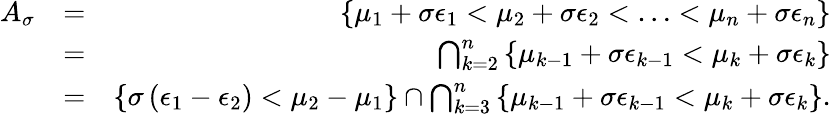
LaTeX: \begin{array}{rlr}{A_{\sigma}}&{=}&{\left\{ \mu_{1}+\sigma\epsilon_{1}<\mu_{2}+\sigma\epsilon_{2}<\ldots<\mu_{n}+\sigma\epsilon_{n}\right\} }\\ &{=}&{\bigcap_{k=2}^{n}\left\{ \mu_{k-1}+\sigma\epsilon_{k-1}<\mu_{k}+\sigma\epsilon_{k}\right\} }\\ &{=}&{\left\{ \sigma\left(\epsilon_{1}-\epsilon_{2}\right)<\mu_{2}-\mu_{1}\right\} \cap\bigcap_{k=3}^{n}\left\{ \mu_{k-1}+\sigma\epsilon_{k-1}<\mu_{k}+\sigma\epsilon_{k}\right\} .}\end{array}